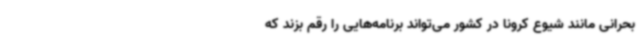
بحرانی مانند شیوع کرونا در کشور می‌تواند برنامه‌هایی را رقم بزند که